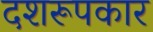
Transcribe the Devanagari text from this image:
दशरूपकार